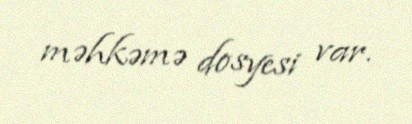
məhkəmə dosyesi var.